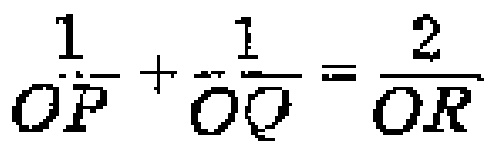
$\frac{1}{\overrightarrow{OP}} + \frac{1}{\overrightarrow{OQ}} = \frac{2}{\overrightarrow{OR}}$